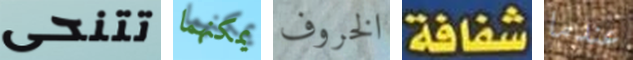
تتنحى يمكنهما الخروف شفافة عندما